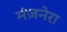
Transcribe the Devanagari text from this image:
मंज़नेरा